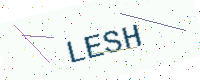
Text: LESH